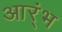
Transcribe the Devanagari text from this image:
आर्ंभ